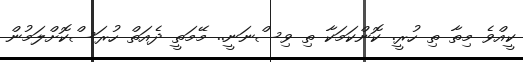
ކީއްވެ މިތާ ތި ހުރީ. ކޮންކަމަކާ ތި ވިސްނަނީ.. މޭމަތީ ދެއަތް ހުރަސްކޮށްލަމުން